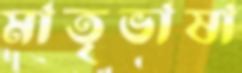
মাতৃভাষা